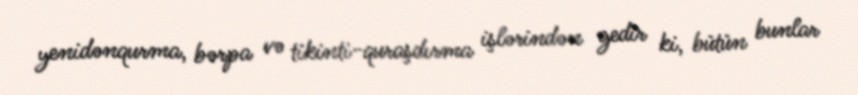
yenidənqurma, bərpa və tikinti-quraşdırma işlərindən gedir ki, bütün bunlar